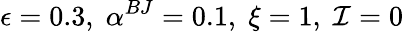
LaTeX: \epsilon=0.3,\; \alpha^{BJ}=0.1,\; \xi=1,\; \mathcal{I}=0